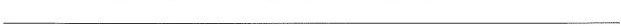
___